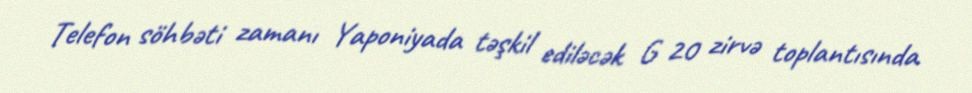
Telefon söhbəti zamanı Yaponiyada təşkil ediləcək G 20 zirvə toplantısında